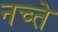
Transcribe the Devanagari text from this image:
नच्ते